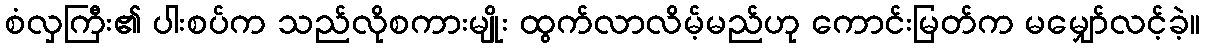
စံလှကြီး၏ ပါးစပ်က သည်လိုစကားမျိုး ထွက်လာလိမ့်မည်ဟု ကောင်းမြတ်က မမျှော်လင့်ခဲ့။